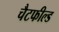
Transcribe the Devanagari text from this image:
चैटफील्ड